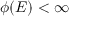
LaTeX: \phi ( E ) < \infty